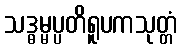
သဒ္ဓမ္မပ္ပတိရူပကသုတ္တံ